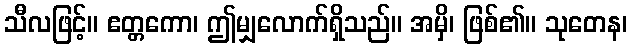
သီလဖြင့်။ ဧတ္တကော၊ ဤမျှလောက်ရှိသည်။ အမှိ၊ ဖြစ်၏။ သုတေန၊